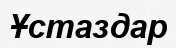
Ұстаздар